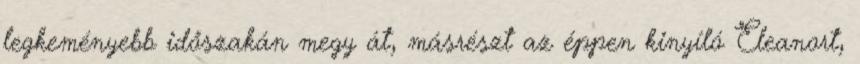
legkeményebb időszakán megy át, másrészt az éppen kinyíló Eleanort,